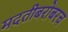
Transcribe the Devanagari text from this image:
मदतीबरोबरच